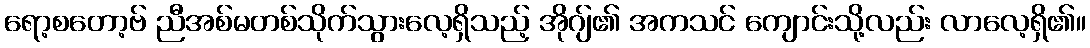
ရော့စတော့ဗ် ညီအစ်မတစ်သိုက်သွားလေ့ရှိသည့် အိုဂျ်၏ အကသင် ကျောင်းသို့လည်း လာလေ့ရှိ၏။